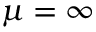
\mu = \infty